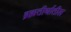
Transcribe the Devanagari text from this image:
ब्रह्मतीर्थातील